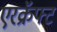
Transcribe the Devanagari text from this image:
एरक्रॅफ्ट